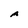
Character: A